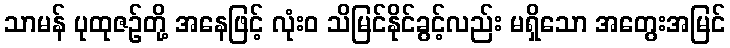
သာမန် ပုထုဇဉ်တို့ အနေဖြင့် လုံးဝ သိမြင်နိုင်ခွင့်လည်း မရှိသော အတွေးအမြင်